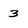
Character: 3